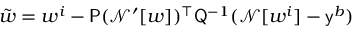
\tilde { \boldsymbol { w } } = \boldsymbol { w } ^ { i } - \mathsf { P } ( \mathcal { N ^ { \prime } } [ w ] ) ^ { \top } \mathsf { Q } ^ { - 1 } ( \mathcal { N } [ \boldsymbol { w } ^ { i } ] - \mathsf { y } ^ { \boldsymbol { b } } )